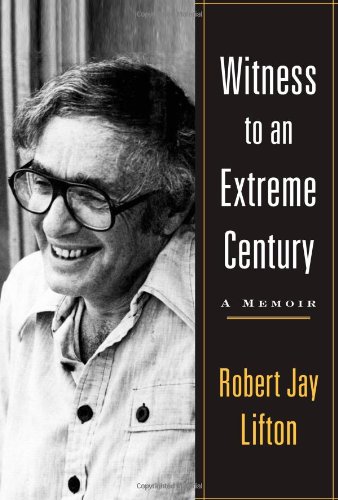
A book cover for Witness to an Extreme Century: A Memoir; Robert Jay Lifton; Biographies & Memoirs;